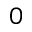
_ 0